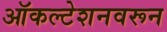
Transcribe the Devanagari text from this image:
ऑकल्टेशनवरून